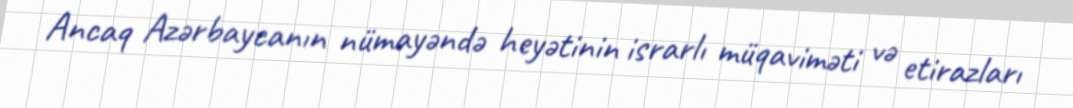
Ancaq Azərbaycanın nümayəndə heyətinin israrlı müqaviməti və etirazları